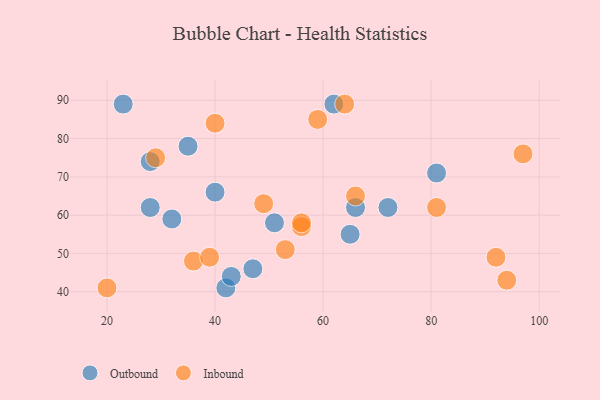
{"axis": {"x": "GDP", "y": "Life Expectancy"}, "legend": ["Inbound", "Outbound"], "data": [{"x": "62", "y": 89, "type": "Outbound"}, {"x": "65", "y": 55, "type": "Outbound"}, {"x": "40", "y": 66, "type": "Outbound"}, {"x": "32", "y": 59, "type": "Outbound"}, {"x": "35", "y": 78, "type": "Outbound"}, {"x": "28", "y": 62, "type": "Outbound"}, {"x": "42", "y": 41, "type": "Outbound"}, {"x": "23", "y": 89, "type": "Outbound"}, {"x": "47", "y": 46, "type": "Outbound"}, {"x": "72", "y": 62, "type": "Outbound"}, {"x": "28", "y": 74, "type": "Outbound"}, {"x": "43", "y": 44, "type": "Outbound"}, {"x": "66", "y": 62, "type": "Outbound"}, {"x": "81", "y": 71, "type": "Outbound"}, {"x": "51", "y": 58, "type": "Outbound"}, {"x": "29", "y": 75, "type": "Inbound"}, {"x": "36", "y": 48, "type": "Inbound"}, {"x": "56", "y": 57, "type": "Inbound"}, {"x": "53", "y": 51, "type": "Inbound"}, {"x": "66", "y": 65, "type": "Inbound"}, {"x": "59", "y": 85, "type": "Inbound"}, {"x": "40", "y": 84, "type": "Inbound"}, {"x": "81", "y": 62, "type": "Inbound"}, {"x": "20", "y": 41, "type": "Inbound"}, {"x": "97", "y": 76, "type": "Inbound"}, {"x": "39", "y": 49, "type": "Inbound"}, {"x": "49", "y": 63, "type": "Inbound"}, {"x": "56", "y": 58, "type": "Inbound"}, {"x": "64", "y": 89, "type": "Inbound"}, {"x": "92", "y": 49, "type": "Inbound"}, {"x": "94", "y": 43, "type": "Inbound"}]}